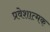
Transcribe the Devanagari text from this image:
प्रवेशात्मक